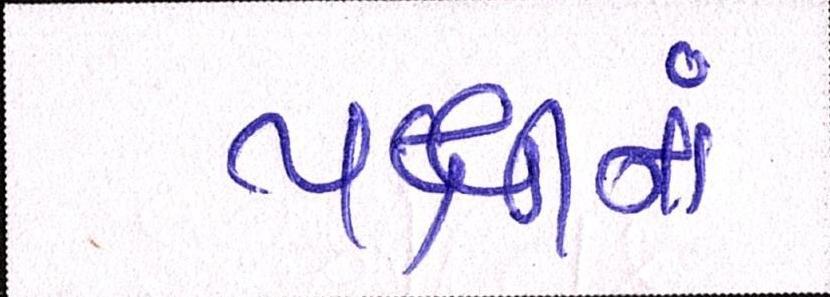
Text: પક્ષીનાં